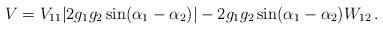
LaTeX: \begin{align*}V = V_{11} | 2g_1g_2\sin(\alpha_1-\alpha_2)| - 2g_1g_2\sin(\alpha_1-\alpha_2) W_{12}\,.\end{align*}